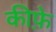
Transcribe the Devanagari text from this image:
कीफ़े